Report on vaccination in the Province of Bengal - 1874-1889
Year: 1874
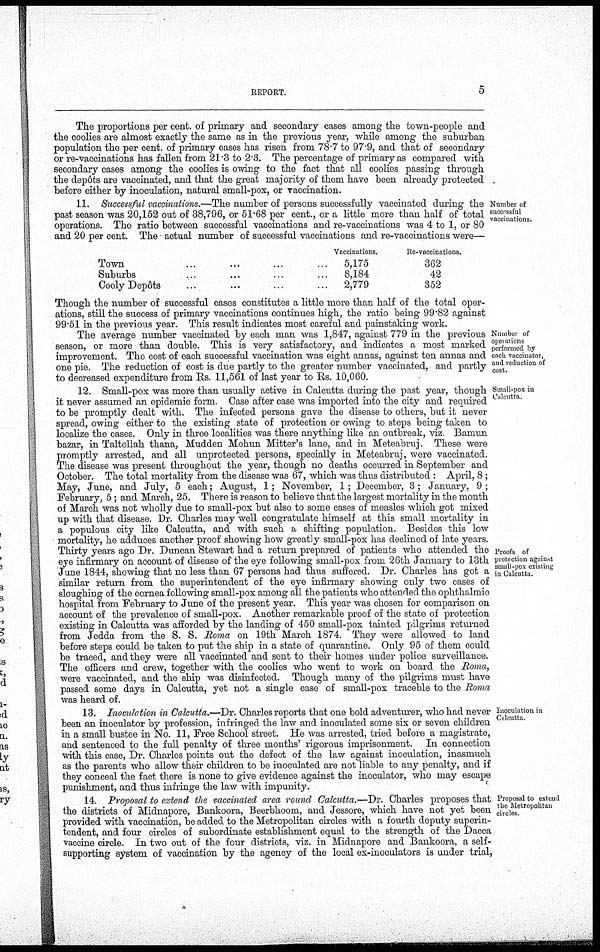
REPORT.
5
The proportions per cent. of primary and secondary cases among the town-people and
the coolies are almost exactly the same as in the previous year, while among the suburban
population the per cent. of primary cases has risen from 78.7 to 97.9, and that of secondary
or re-vaccinations has fallen from 21.3 to 2.3. The percentage of primary as compared with
secondary cases among the coolies is owing to the fact that all coolies passing through
the depôts are vaccinated, and that the great majority of them have been already protected
before either by inoculation, natural small-pox, or vaccination.
Number of
successful
vaccinations.
11. Successful vaccinations.—The number of persons successfully vaccinated during the
past season was 20,152 out of 38,796, or 51.68 per cent., or a little more than half of total
operations. The ratio between successful vaccinations and re-vaccinations was 4 to 1, or 80
and 20 per cent. The actual number of successful vaccinations and re-vaccinations were—
Town...
...
...
...
Suburbs... ... ... ...
Cooly Depôts... ... ... ...
Vaccinations.
5,175
8,184
2,779
Re-vaccinations.
362
42
352
Though the number of successful cases constitutes a little more than half of the total oper-
ations, still the success of primary vaccinations continues high, the ratio being 99.82 against
99.51 in the previous year. This result indicates most careful and painstaking work.
Number of
operations
performed by
each vaccinator,
and reduction of
cost.
The average number vaccinated by each man was 1,847, against 779 in the previous
season, or more than double. This is very satisfactory, and indicates a most marked
improvement. The cost of each successful vaccination was eight annas, against ten annas and
one pie. The reduction of cost is due partly to the greater number vaccinated, and partly
to decreased expenditure from Rs. 11,561 of last year to Rs. 10,060.
Small-pox in
Calcutta.
Proofs of
protection against
small-pox existing
in Calcutta.
12. Small-pox was more than usually active in Calcutta during the past year, though
it never assumed an epidemic form. Case after case was imported into the city and required
to be promptly dealt with. The infected persons gave the disease to others, but it never
spread, owing either to the existing state of protection or owing to steps being taken to
localize the cases. Only in three localities was there anything like an outbreak, viz. Bamun
bazar, in Taltollah thana, Mudden Mohun Mitter's lane, and in Meteabruj. These were
promptly arrested, and all unprotected persons, specially in Meteabruj, were vaccinated.
The disease was present throughout the year, though no deaths occurred in September and
October. The total mortality from the disease was 67, which was thus distributed : April, 8;
May, June, and July, 5 each; August, 1; November, 1; December, 3; January, 9 ;
February, 5; and March, 25. There is reason to believe that the largest mortality in the month
of March was not wholly due to small-pox but also to some cases of measles which got mixed
up with that disease. Dr. Charles may well congratulate himself at this small mortality in
a populous city like Calcutta, and with such a shifting population. Besides this low
mortality, he adduces another proof showing how greatly small-pox has declined of late years.
Thirty years ago Dr. Duncan Stewart had a return prepared of patients who attended the
eye infirmary on account of disease of the eye following small-pox from 26th January to 13th
June 1844, showing that no less than 67 persons had thus suffered. Dr. Charles has got a
similar return from the superintendent of the eye infirmary showing only two cases of
sloughing of the cornea following small-pox among all the patients who attended the ophthalmic
hospital from February to June of the present year. This year was chosen for comparison on
account of the prevalence of small-pox. Another remarkable proof of the state of protection
existing in Calcutta was afforded by the landing of 450 small-pox tainted pilgrims returned
from Jedda from the S. S. Roma on 19th March 1874. They were allowed to land
before steps could be taken to put the ship in a state of quarantine. Only 95 of them could
be traced, and they were all vaccinated and sent to their homes under police surveillance.
The officers and crew, together with the coolies who went to work on board the Roma,
were vaccinated, and the ship was disinfected. Though many of the pilgrims must have
passed some days in Calcutta, yet not a single case of small-pox traceble to the Roma
was heard of.
Inoculation in
Calcutta.
13. Inoculation in Calcutta.—Dr. Charles reports that one bold adventurer, who had never
been an inoculator by profession, infringed the law and inoculated some six or seven children
in a small bustee in No. 11, Free School street. He was arrested, tried before a magistrate,
and sentenced to the full penalty of three months' rigorous imprisonment. In connection
with this case, Dr. Charles points out the defect of the law against inoculation, inasmuch
as the parents who allow their children to be inoculated are not liable to any penalty, and if
they conceal the fact there is none to give evidence against the inoculator, who may escape
punishment, and thus infringe the law with impunity.
Proposal to extend
the Metropolitan
circles.
14. Proposal to extend the vaccinated area round Calcutta.—Dr. Charles proposes that
the districts of Midnapore, Bankoora, Beerbhoom, and Jessore, which have not yet been
provided with vaccination, be added to the Metropolitan circles with a fourth deputy superin-
tendent, and four circles of subordinate establishment equal to the strength of the Dacca
vaccine circle. In two out of the four districts, viz. in Midnapore and Bankoora, a self-
supporting system of vaccination by the agency of the local ex-inoculators is under trial,